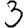
Digit: 3